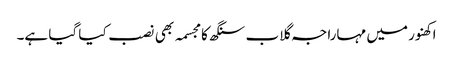
اکھنور میں مہاراجہ گلاب سنگھ کا مجسمہ بھی نصب کیا گیا ہے۔